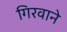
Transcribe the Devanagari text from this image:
गिरवाने